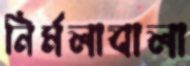
নির্মলাবালা